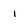
Character: 1